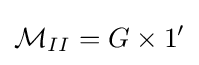
{\mathcal {M}}_{II}=G\times 1'